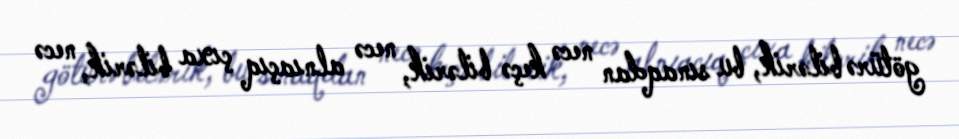
götürə bilərik, bu sınaqdan necə keçə bilərik, necə alnıaçıq çıxa bilərik, necə